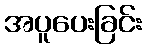
အပူပေးခြင်း